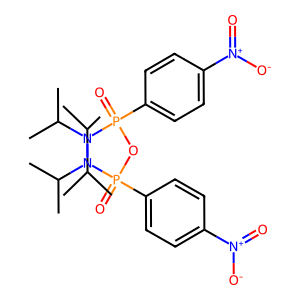
SMILES: CC(C)N(C(C)C)P(=O)(OP(=O)(c1ccc([N+](=O)[O-])cc1)N(C(C)C)C(C)C)c1ccc([N+](=O)[O-])cc1
Inhibits HIV replication: No